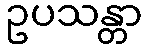
ဥပသန္တာ